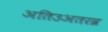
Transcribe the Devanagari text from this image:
अतिउअतरव्र